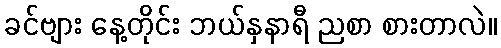
ခင်ဗျား နေ့တိုင်း ဘယ်နှနာရီ ညစာ စားတာလဲ။